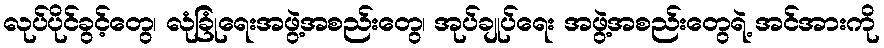
လုပ်ပိုင်ခွင့်တွေ၊ လုံခြုံရေးအဖွဲ့အစည်းတွေ၊ အုပ်ချုပ်ရေး အဖွဲ့အစည်းတွေရဲ့ အင်အားကို